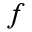
f